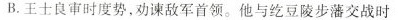
B.王士良审时度势，劝谏敌军首领。他与纥豆陵步藩交战时